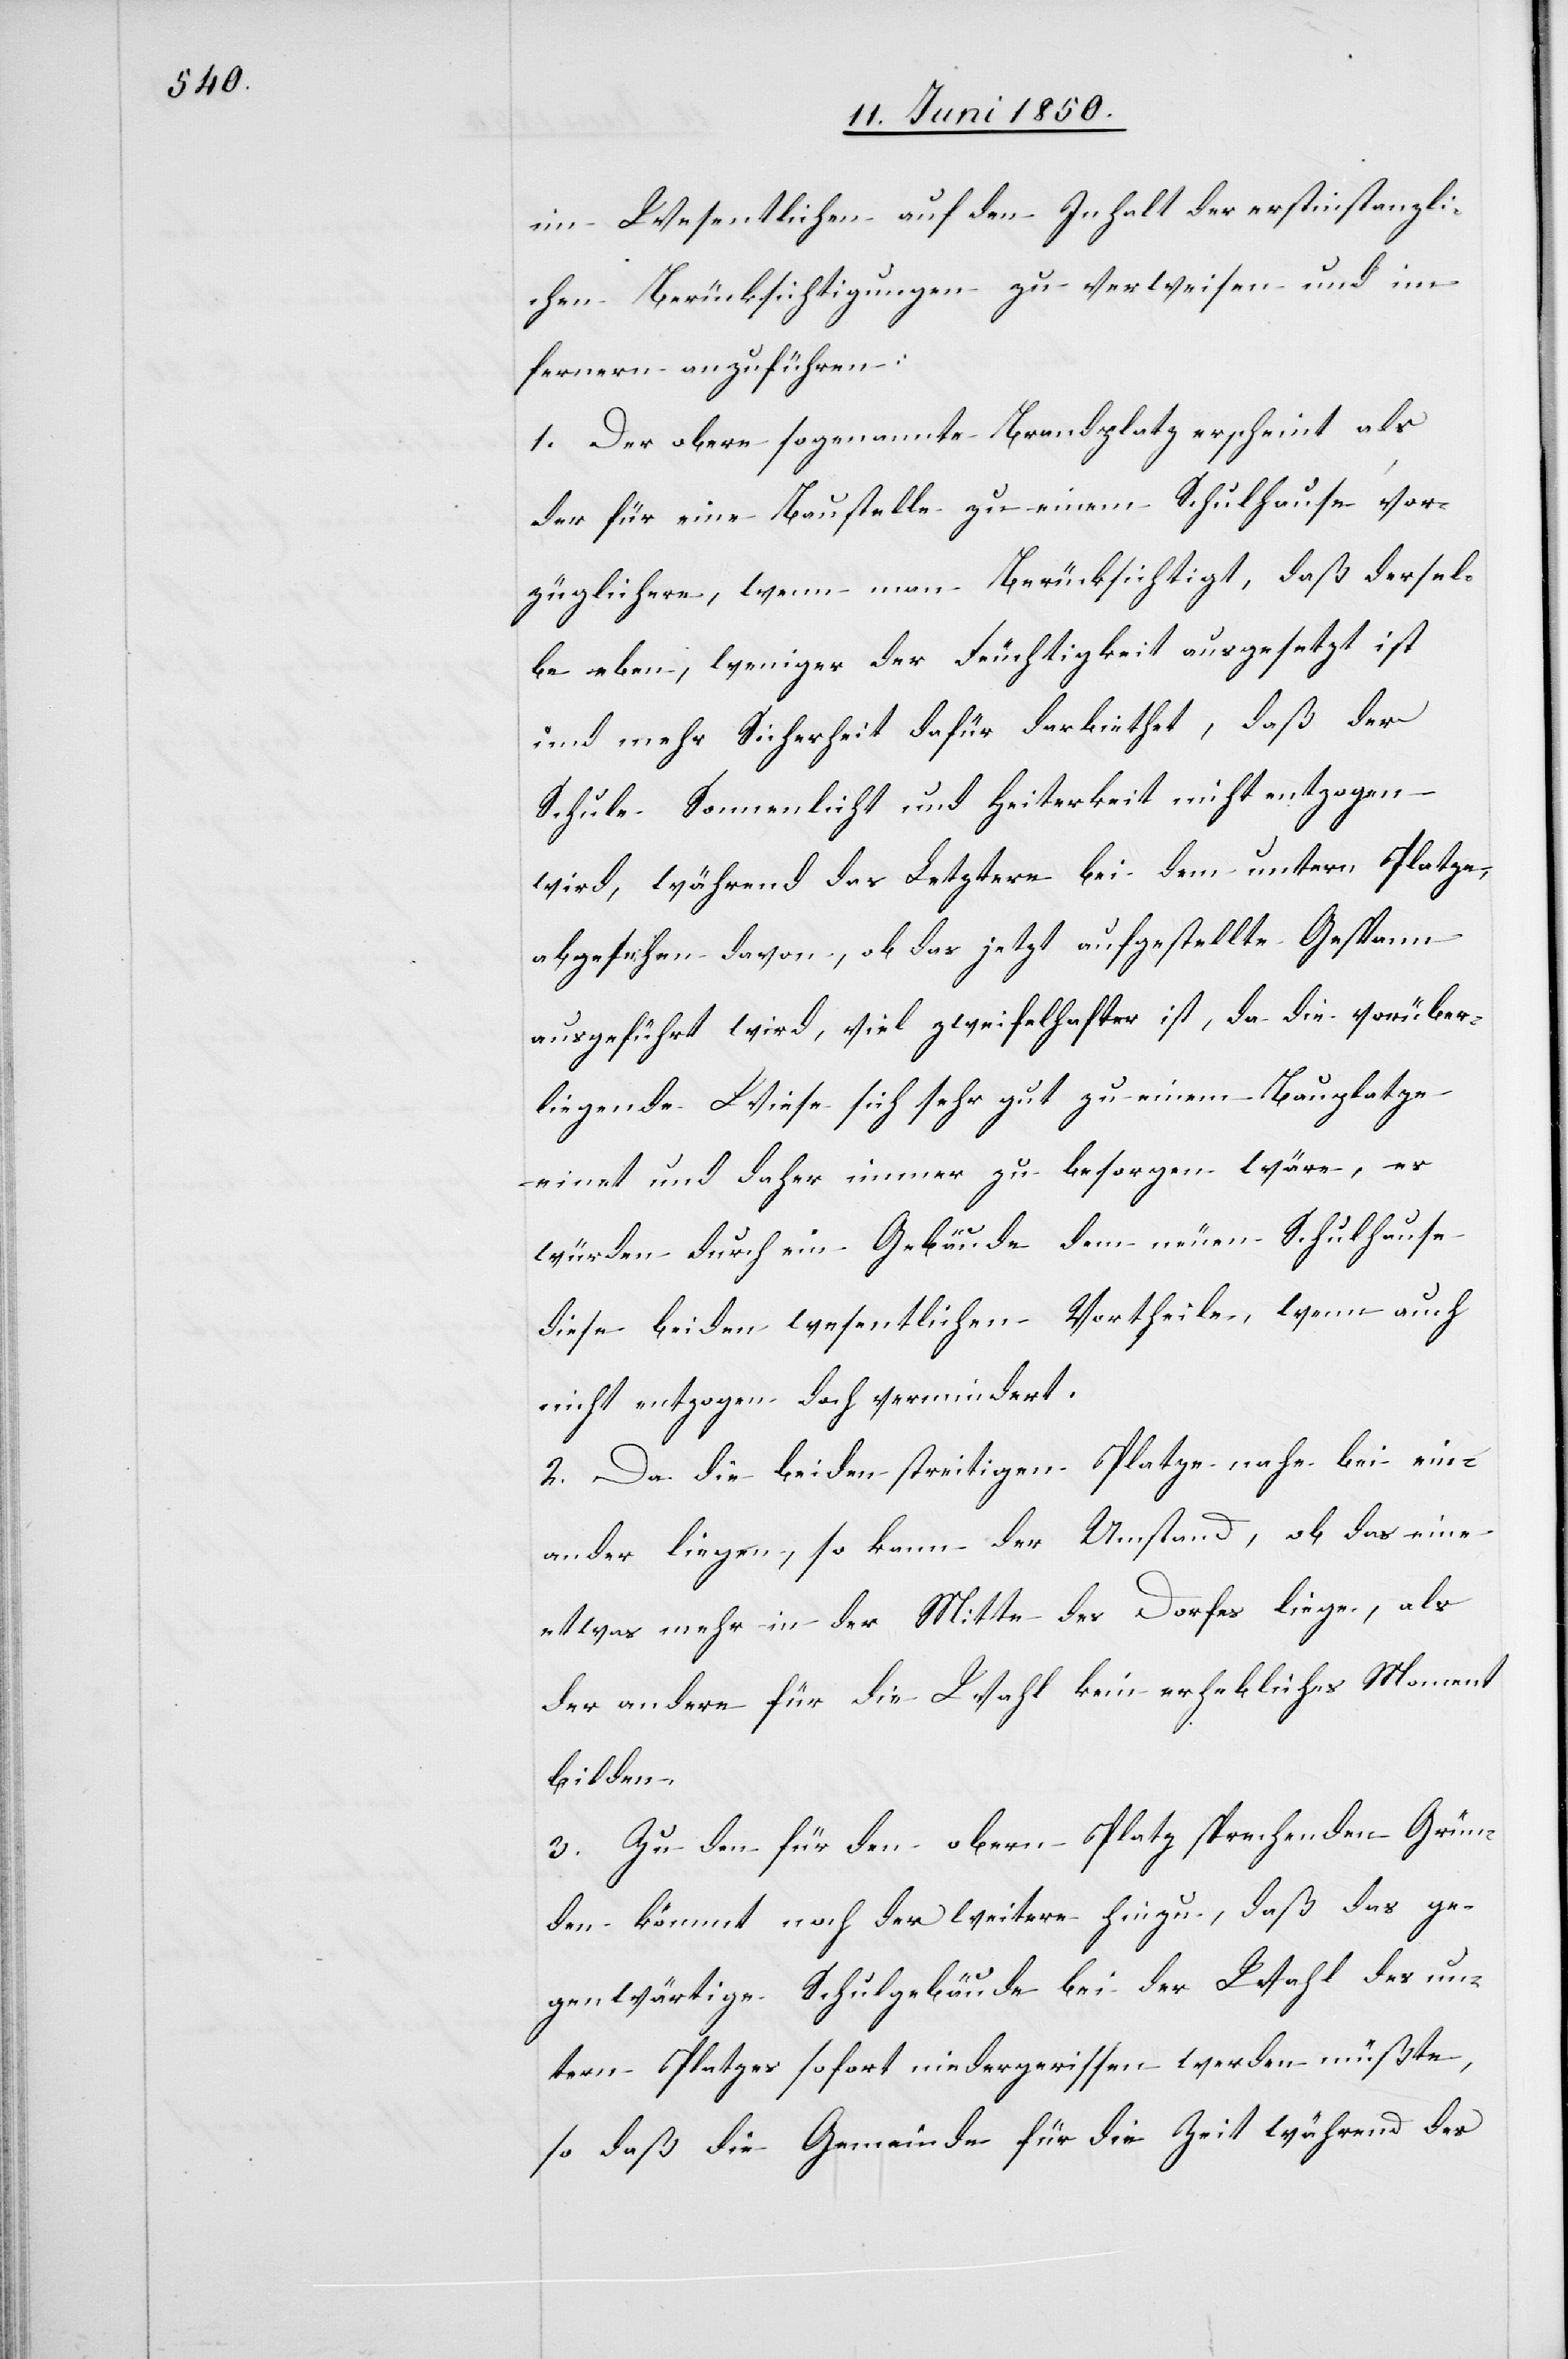
im Wesentlichen auf den Inhalt der erstinstanzli¬
chen Berücksichtigungen zu verweisen und im
fernern anzuführen:
1. Der obere sogenannte Brandplatz erscheint als
der für eine Baustelle zu einem Schulhause vor¬
züglichere, wenn man Berücksichtigt, daß dersel¬
be eben, weniger der Feuchtigkeit ausgesetzt ist
und mehr Sicherheit dafür darbiethet, daß der
Schule Sonnenlicht und Heiterkeit nicht entzogen
wird, während das Letztere bei dem untern Platze,
abgesehen davon, ob das jetzt aufgestellte Gespann
ausgeführt wird, viel zweifelhafter ist, da die vorüber¬
liegende Wiese sich sehr gut zu einem Bauplatze
eignet und daher immer zu besorgen wäre, es
würden durch ein Gebäude dem neuen Schulhause
diese beiden wesentlichen Vortheile, wenn auch
nicht entzogen doch vermindert.
2. Da die beiden streitigen Platze nahe bei ein¬
ander liegen, so kann der Umstand, ob das eine
etwas mehr in der Mitte des Dorfes liege, als
der andere für die Wahl kein erhebliches Moment
bilden.
3. Zu den für den obern Platz sprechenden Grün¬
den kömmt noch der weitere hinzu, daß das ge¬
genwärtige Schulgebäude bei der Wahl des un¬
tern Platzes sofort niedergerissen werden müßte,
so daß die Gemeinde für die Zeit während des